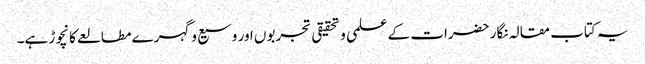
یہ کتاب مقالہ نگار حضرات کے علمی وتحقیقی تجربوں اور وسیع وگہرے مطالعے کا نچوڑ ہے۔